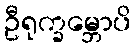
ဦရုက္ခမ္ဘောပိ